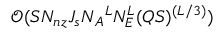
\mathcal { O } ( S N _ { n z } J _ { s } N { _ A } ^ { L } N _ { E } ^ { L } ( Q S ) ^ { ( L / 3 ) } )